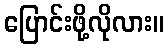
ပြောင်းဖို့လိုလား။